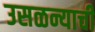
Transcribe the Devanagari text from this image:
उसळन्याची